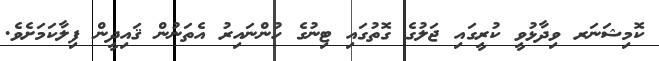
ކޮމިޝަނަރ ވިދާޅުވީ ކުރީގައި ޖަލުގެ ގޮތުގައި ޓިނުގެ ހުންނައިރު އެތަނުން ޤައިދީން ފިލާކަމަށެވެ.